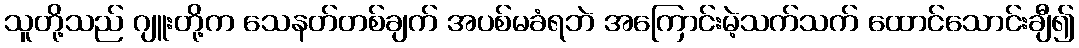
သူတို့သည် ဂျူးတို့က သေနတ်တစ်ချက် အပစ်မခံရဘဲ အကြောင်းမဲ့သက်သက် ထောင်သောင်းချီ၍